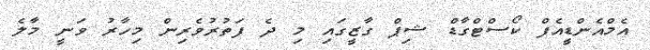
އެމްއެންޑީއެފް ކޯސްޓްގާޑް ޝިޕް ގާޒީގައި މި ދެ ފަތުރުވެރިން މިހާރު ވަނީ މާލެ